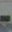
-